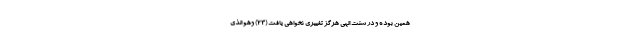
همين بوده و در سنت الهى هرگز تغييرى نخواهى يافت (۲۳) وَهُوَ الَّذِي